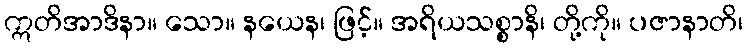
ဣတိအာဒိနာ။ သော။ နယေန၊ ဖြင့်။ အရိယသစ္စာနိ၊ တို့ကို။ ပဇာနာတိ၊